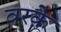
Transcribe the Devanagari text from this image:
वरक़े